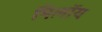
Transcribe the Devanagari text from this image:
मिलॉय